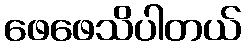
ဖေဖေသိပါတယ်